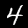
Label: 4